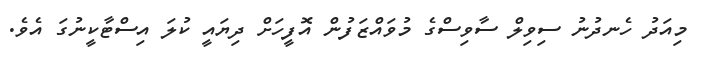
މިއަދު ހެނދުނު ސިވިލް ސާވިސްގެ މުވައްޒަފުން އޮފީހަށް ދިޔައީ ކުލަ އިސްޓާކީނުގަ އެވެ.